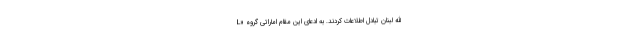
الله لبنان تبادل اطلاعات کردند. به ادعای این مقام اماراتی گروه «L